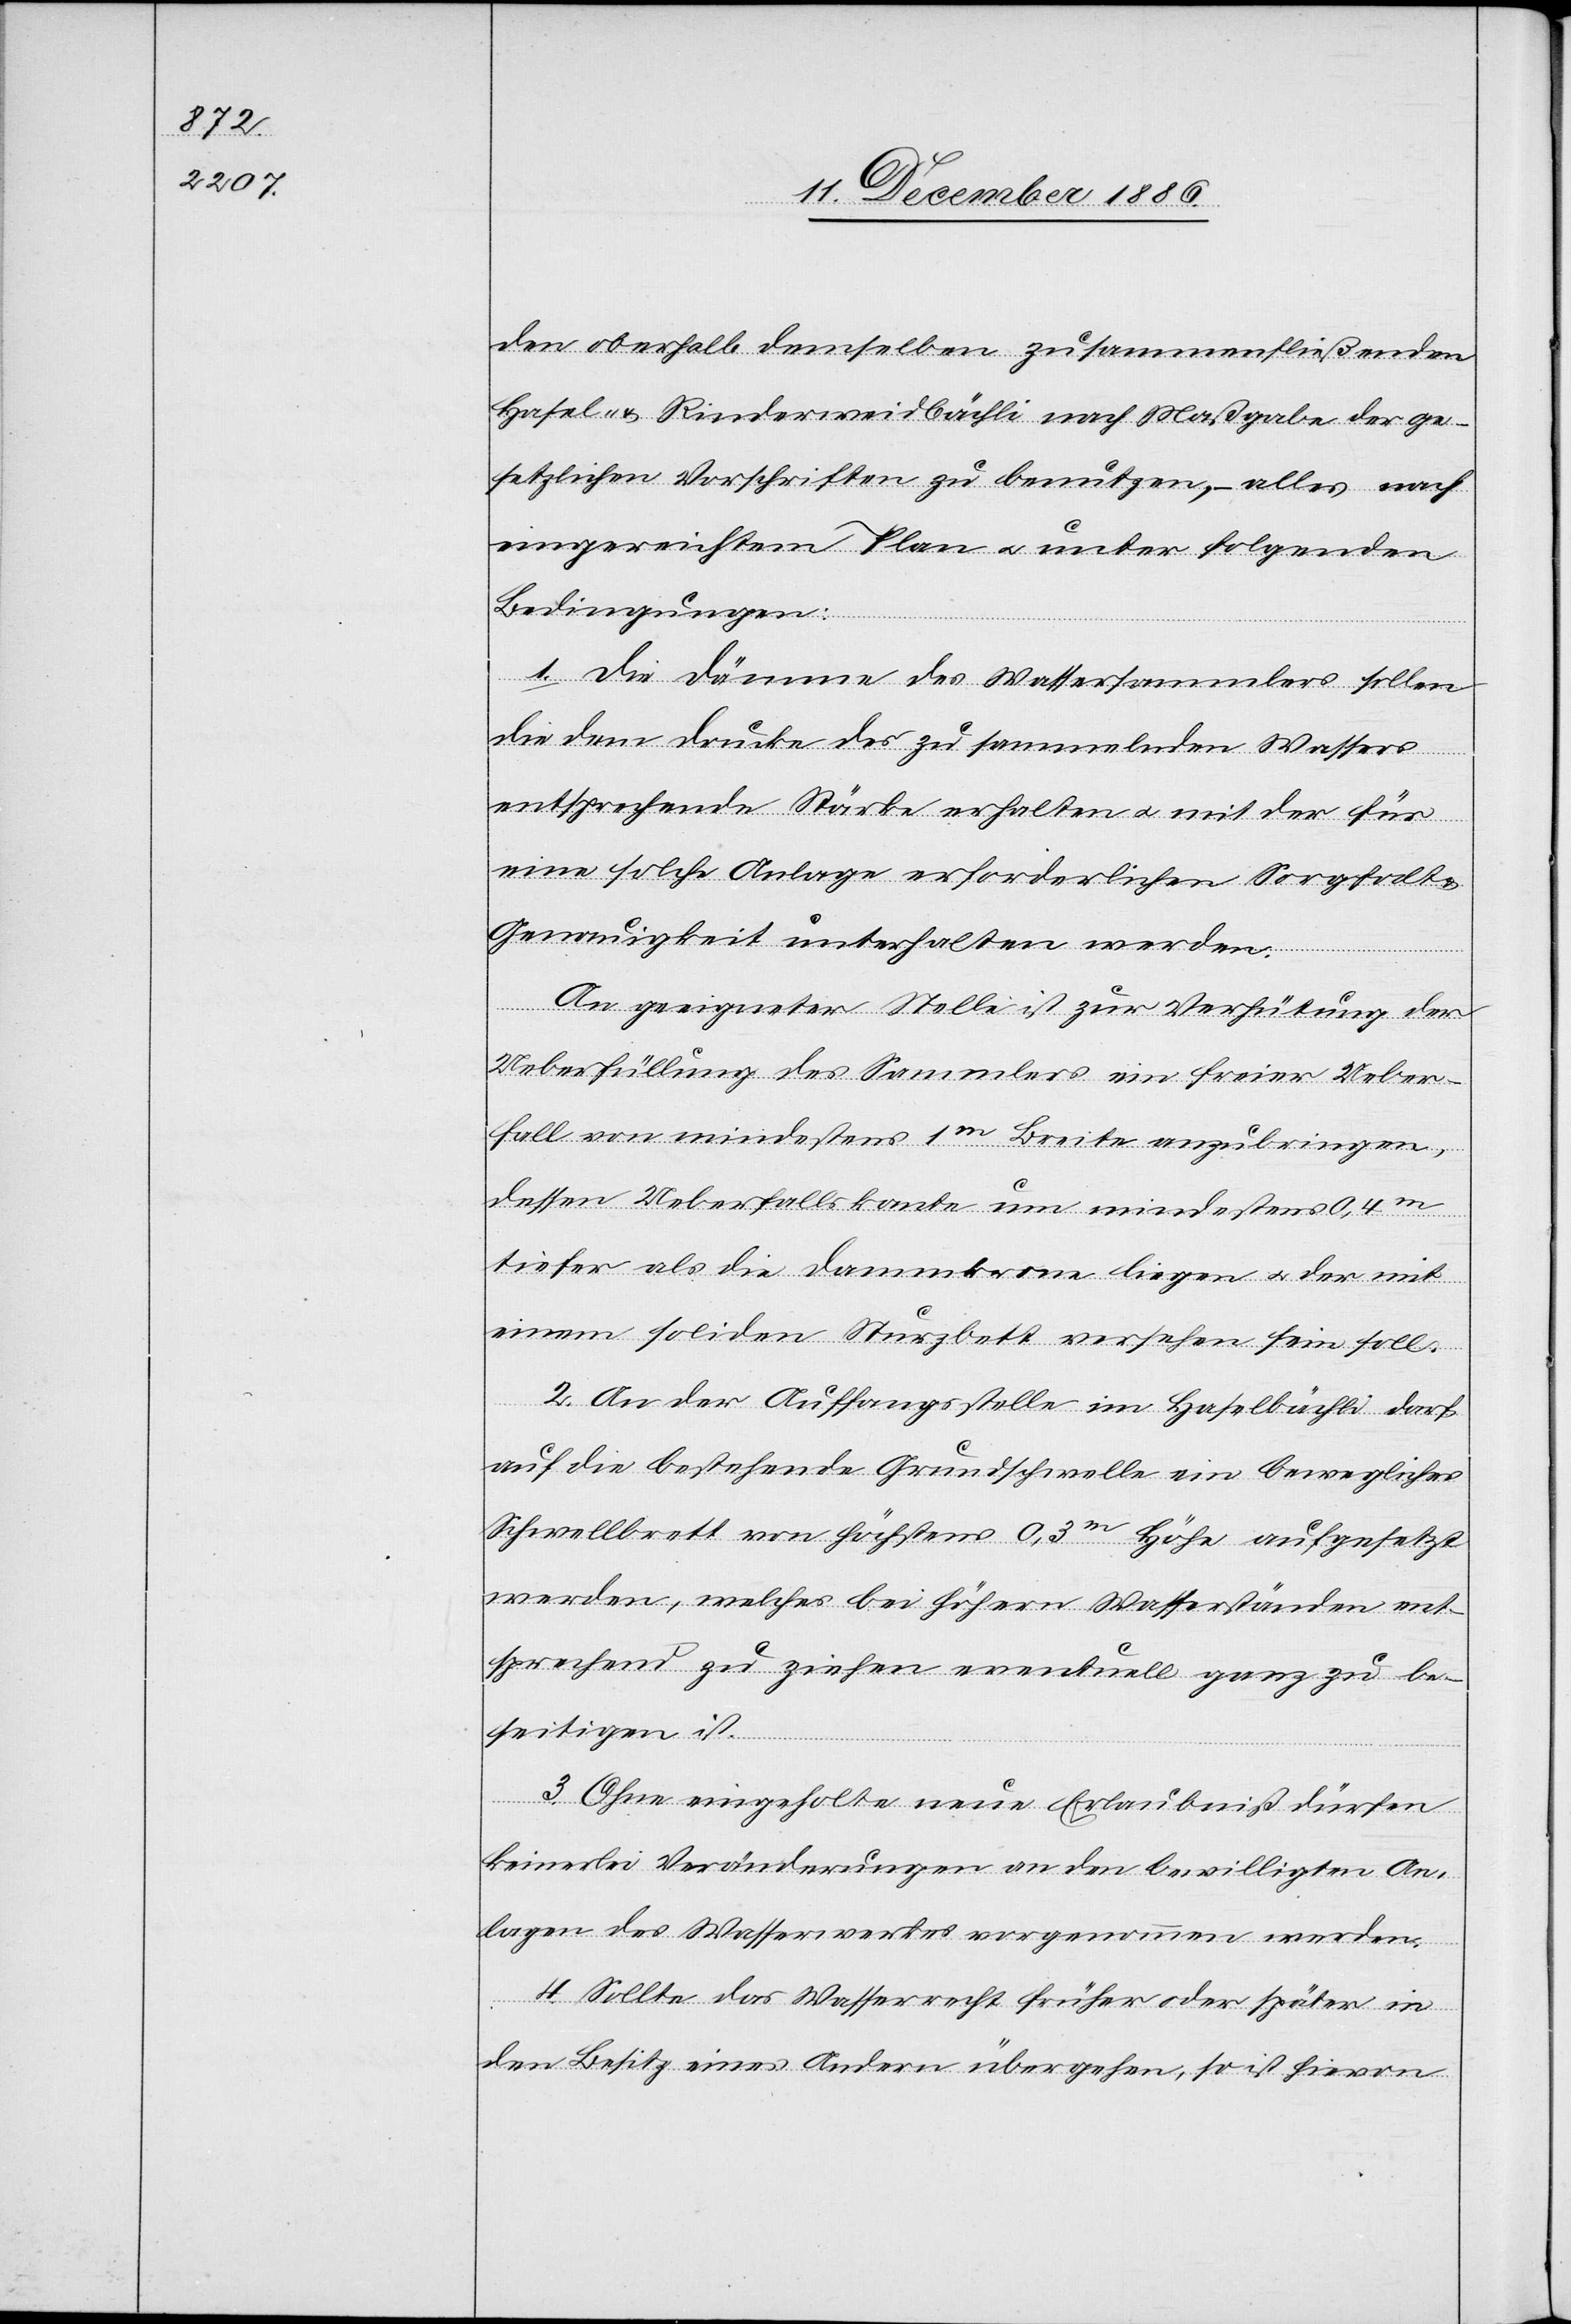
den oberhalb demselben zusammenfließenden
Hasel- & Rinderweidbächli nach Maßgabe der ge¬
setzlichen Vorschriften zu benutzen, – alles nach
eingereichtem Plan & unter folgenden
Bedingungen:
1. Die Dämme des Wassersammlers sollen
die dem Drucke des zu sammelnden Wassers
entsprechende Stärke erhalten & mit der für
eine solche Anlage erforderlichen Sorgfalt &
Genauigkeit unterhalten werden.
An geeigneter Stelle ist zur Verhütung der
Ueberfüllung des Sammlers ein freier Ueber¬
fall von mindestens 1m Breite anzubringen,
dessen Ueberfallskante um mindestens 4m
tiefer als die Dammkrone liegen & der mit
einem soliden Sturzbett versehen sein soll.
2. An der Auffangsstelle im Haselbächli darf
auf die bestehende Grundschwelle ein bewegliches
Schwellbrett von höchstens 0,3m Höhe aufgesetzt
werden, welches bei höhern Wasserständen ent¬
sprechend zu ziehen eventuell ganz zu be¬
seitigen ist.
3. Ohne eingeholte neue Erlaubniß dürfen
keinerlei Veränderungen an den bewilligten An¬
lagen des Wasserwerkes vorgenommen werden.
4. Sollte das Wasserrecht früher oder später in
den Besitz eines Andern übergehen, so ist hievon